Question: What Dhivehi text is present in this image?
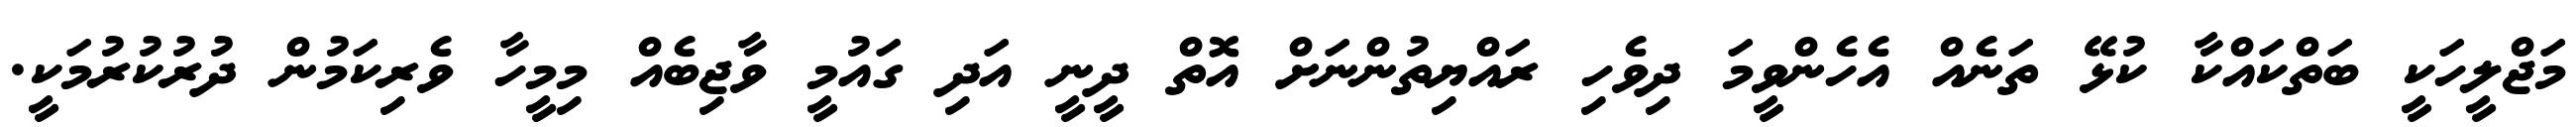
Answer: މަޖްލީހަކީ ބަތްކައްކާ ކުޅޭ ތަނެއް އެހެންވީމަ ދިވެހި ރައްޔިތުންނަށް އޮތް ދީނީ އަދި ގައުމީ ވާޖިބެއް މިމީހާ ވެރިކަމުން ދުރުކުރުމަކީ.